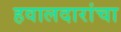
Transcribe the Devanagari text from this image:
हवालदारांचा